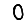
Digit: 0